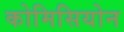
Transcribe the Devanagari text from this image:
कोमिसियोन